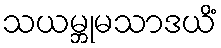
သယမ္ဘုမသာဒယိံ